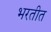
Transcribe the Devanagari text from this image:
भरतीत